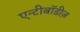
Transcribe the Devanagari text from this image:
एन्टीबॉडीज़